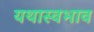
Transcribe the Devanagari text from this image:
यथास्वभाव